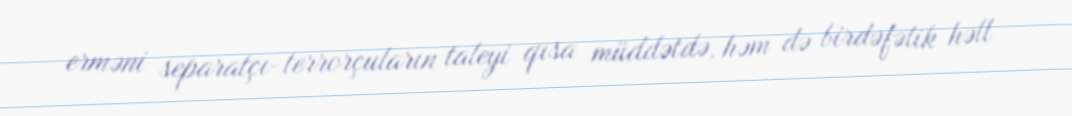
erməni separatçı-terrorçuların taleyi qısa müddətdə, həm də birdəfəlik həll